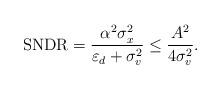
LaTeX: \begin{align*}\mathrm{SNDR} = \frac{\alpha^2\sigma_x^2}{\varepsilon_d + \sigma_v^2} \leq \frac{A^2}{4\sigma_v^2}.\end{align*}